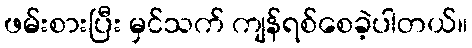
ဖမ်းစားပြီး မှင်သက် ကျန်ရစ်စေခဲ့ပါတယ်။